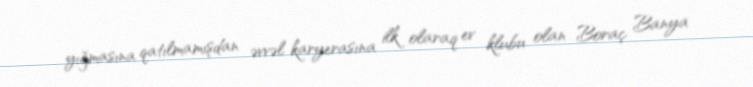
yığmasına qatılmamışdan əvvəl karyerasına ilk olaraq ev klubu olan Boraç Banya